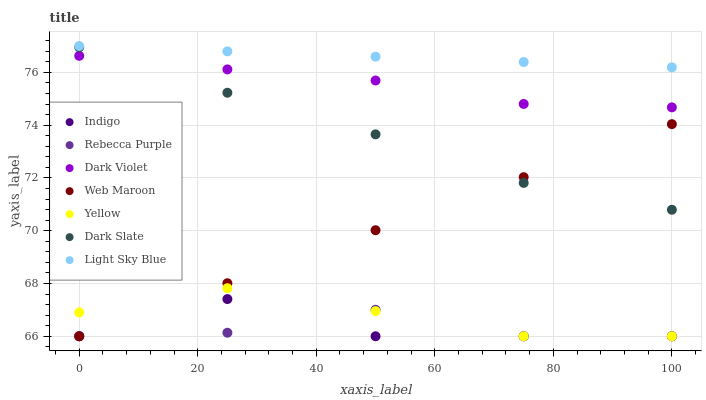
| xaxis_label | Indigo | Rebecca Purple | Dark Violet | Web Maroon | Yellow | Dark Slate | Light Sky Blue |
 | --- | --- | --- | --- | --- | --- | --- | --- |
 | 0 | 66 | 66 | 76.6 | 66 | 66.9 | 77 | 77 |
 | 25 | 67.4 | 66.1 | 76.1 | 68 | 67.8 | 75.2 | 76.8 |
 | 50 | 66 | 67 | 75.7 | 70 | 67 | 73.7 | 76.6 |
 | 75 | 66 | 66 | 74.8 | 72 | 66 | 71.8 | 76.4 |
 | 100 | 66 | 66 | 74.7 | 74 | 66 | 70.8 | 76.2 |